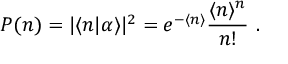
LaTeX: P ( n ) = | \langle n | \alpha \rangle | ^ { 2 } = e ^ { - \langle n \rangle } { \frac { \langle n \rangle ^ { n } } { n ! } } ~ .